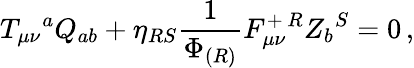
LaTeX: T_{\mu\nu}{}^{a}Q_{ab}+\eta_{RS}{\frac{1}{\Phi_{(R)}}}F_{\mu\nu}^{+\, R}Z_{b}{}^{S}=0\, ,